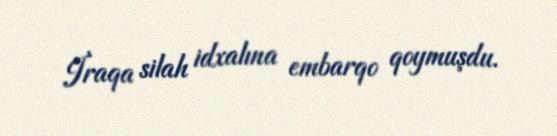
İraqa silah idxalına embarqo qoymuşdu.